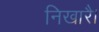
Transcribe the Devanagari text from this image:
निखारै।